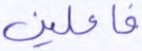
فاعلين